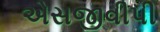
એસજીવીપી